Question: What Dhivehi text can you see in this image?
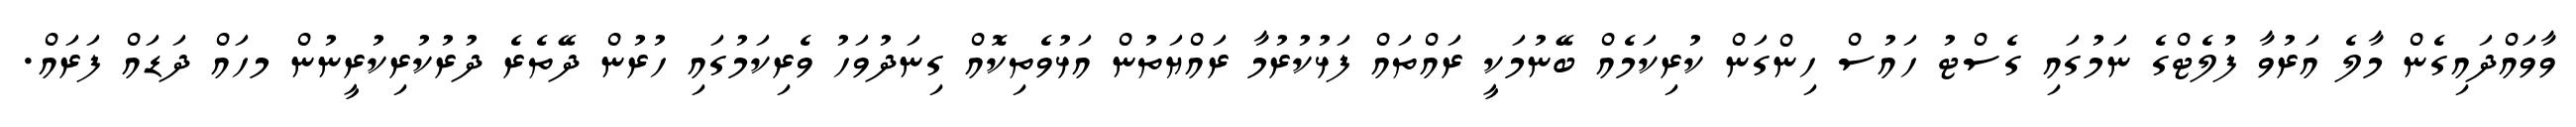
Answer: ވާވައްދައިގެން މާލެ އަރުވާ ފުލެޓްގެ ނަމުގައި ގެސްޓު ހައުސް ހިންގަން ކުރިކަމެއް ބޭނުމަކީ ރައްތައް ފަޅުކުރުމާ ރައްޔަތުން އަޅުވެތިކޮއް ގިނަދުވަހު ވެރިކަމުގައި ހުރުން ދޭތެރެ ދުރުކުރިކުރީނުން މހައް ދަޑައް ފަރައް.